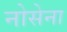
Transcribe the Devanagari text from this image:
नोसेना